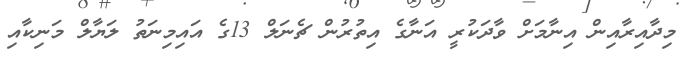
މިދާއިރާއިން އިނާމަށް ވާދަކުރީ އަނާގެ އިތުރުން ޗެނަލް 13ގެ އައިމިނަތު ލަޔާލް މަނިކާއި